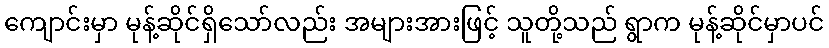
ကျောင်းမှာ မုန့်ဆိုင်ရှိသော်လည်း အများအားဖြင့် သူတို့သည် ရွာက မုန့်ဆိုင်မှာပင်